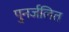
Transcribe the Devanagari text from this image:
पुनर्जलित